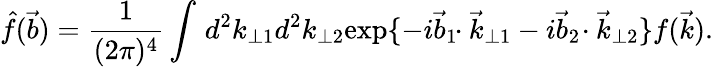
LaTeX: \hat{f}(\vec{b})=\frac{1}{(2\pi)^{4}}\int_{}^{}d{}^{2}k_{\perp 1}d{}^{2}k_{\perp 2}\mathrm{exp}\{ -i\vec{b}_{1}\! \! \cdot\vec{k}_{\perp 1}-i\vec{b}_{2}\! \cdot\vec{k}_{\perp 2}\} f(\vec{k}).